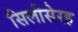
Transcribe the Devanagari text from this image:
सिलीसेरह